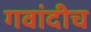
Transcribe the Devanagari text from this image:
गवांदीच